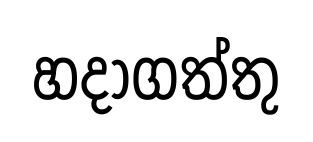
හදාගත්තු